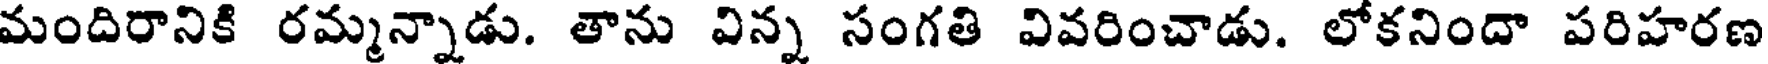
మందిరానికి రమ్మన్నాడు. తాను విన్న సంగతి వివరించాడు. లోకనిందా పరిహరణ